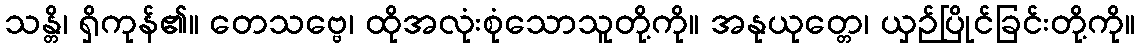
သန္တိ၊ ရှိကုန်၏။ တေသဗ္ဗေ၊ ထိုအလုံးစုံသောသူတို့ကို။ အနုယုတ္တေ၊ ယှဉ်ပြိုင်ခြင်းတို့ကို။